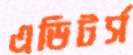
এডিটর্স